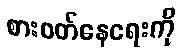
စားဝတ်နေရေးကို